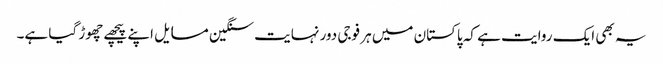
یہ بھی ایک روایت ہے کہ پاکستان میں ہر فوجی دور نہایت سنگین مسایل اپنے پیچھے چھوڑ گیا ہے۔